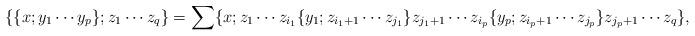
LaTeX: \begin{align*}\{\{x;y_1\cdots y_p\};z_1\cdots z_q\} &= \sum \{x;z_1\cdots z_{i_1}\{y_1;z_{i_1+1}\cdots z_{j_1}\} z_{j_1+1}\cdots z_{i_p}\{y_p;z_{i_p+1}\cdots z_{j_p}\}z_{j_p+1}\cdots z_q\},\end{align*}